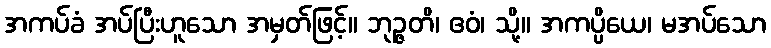
အကပ်ခံ အပ်ပြီးဟူသော အမှတ်ဖြင့်။ ဘုဉ္ဇတိ၊ ဧဝံ၊ သို့။ အကပ္ပိယေ၊ မအပ်သော